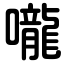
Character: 嚨